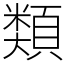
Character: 𩔖